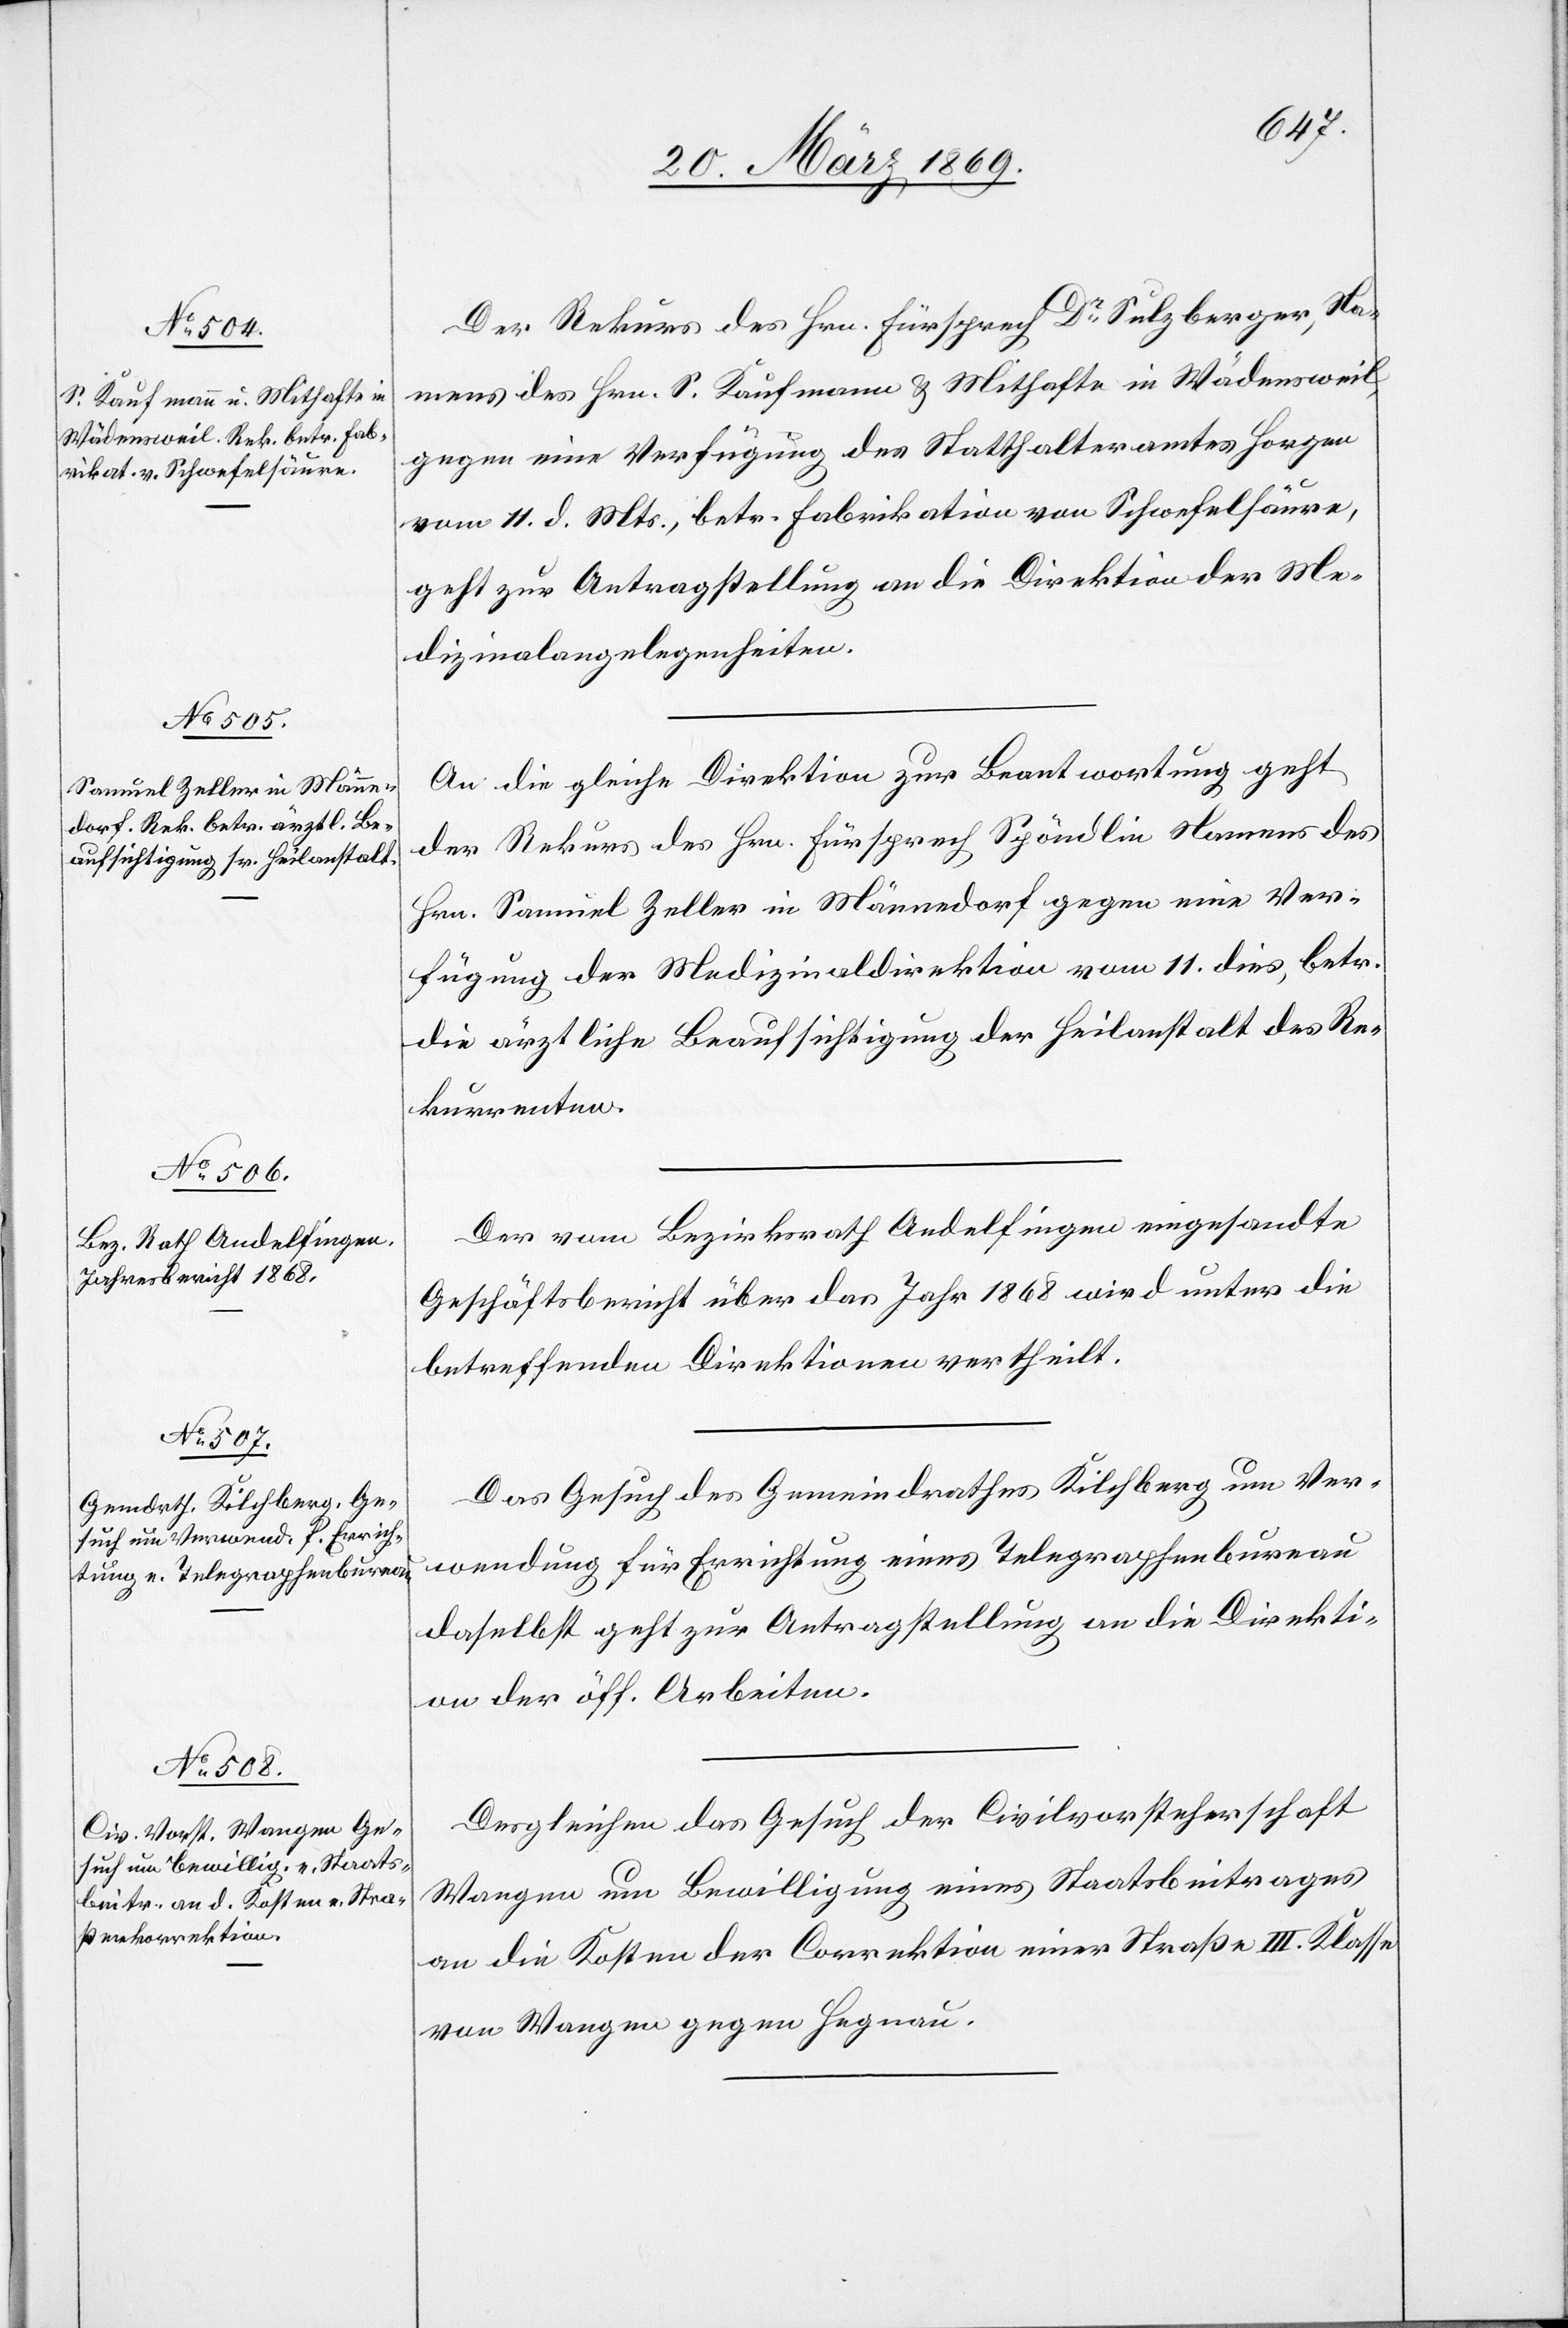
25. März 1869.]
Der Rekurs des Hrn. Fürsprech Dr Sulzberger, Na¬
mens des Hrn. S. Kaufmann u. Mithafte in Wädensweil,
gegen eine Verfügung des Statthalteramtes Horgen
vom 11. d. Mts., betr. Fabrikation von Schwefelsäure,
geht zur Antragstellung an die Direktion der Me¬
dizinalangelegenheiten.
An diese gleiche Direktion zur Beantwortung geht
der Rekurs des Hrn. Fürsprech Spöndlin Namens des
Hrn. Samuel Zeller in Männedorf gegen eine Ver¬
fügung der Medizinaldirektion vom 11. dies, betr.
die ärztliche Beaufsichtigung der Heilanstalt des Re¬
kurrenten.
Der vom Bezirksrath Andelfingen eingesandte
Geschäftsbericht über das Jahr 1868 wird unter die
betreffenden Direktionen vertheilt.
Das Gesuch des Gemeindrathes Kilchberg um Ver¬
wendung für Errichtung eines Telegraphenbureau
daselbst geht zur Antragstellung an die Direkti¬
on der öff. Arbeiten.
Desgleichen das Gesuch der Civilvorsteherschaft
Wangen um Bewilligung eines Staatsbeitrages
an die Kosten der Correktion einer Straße III. Klasse
von Wangen gegen Hegnau.